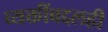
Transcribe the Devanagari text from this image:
व्यक्तींबद्दलही